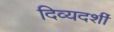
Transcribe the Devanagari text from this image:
दिव्‍यदर्शी